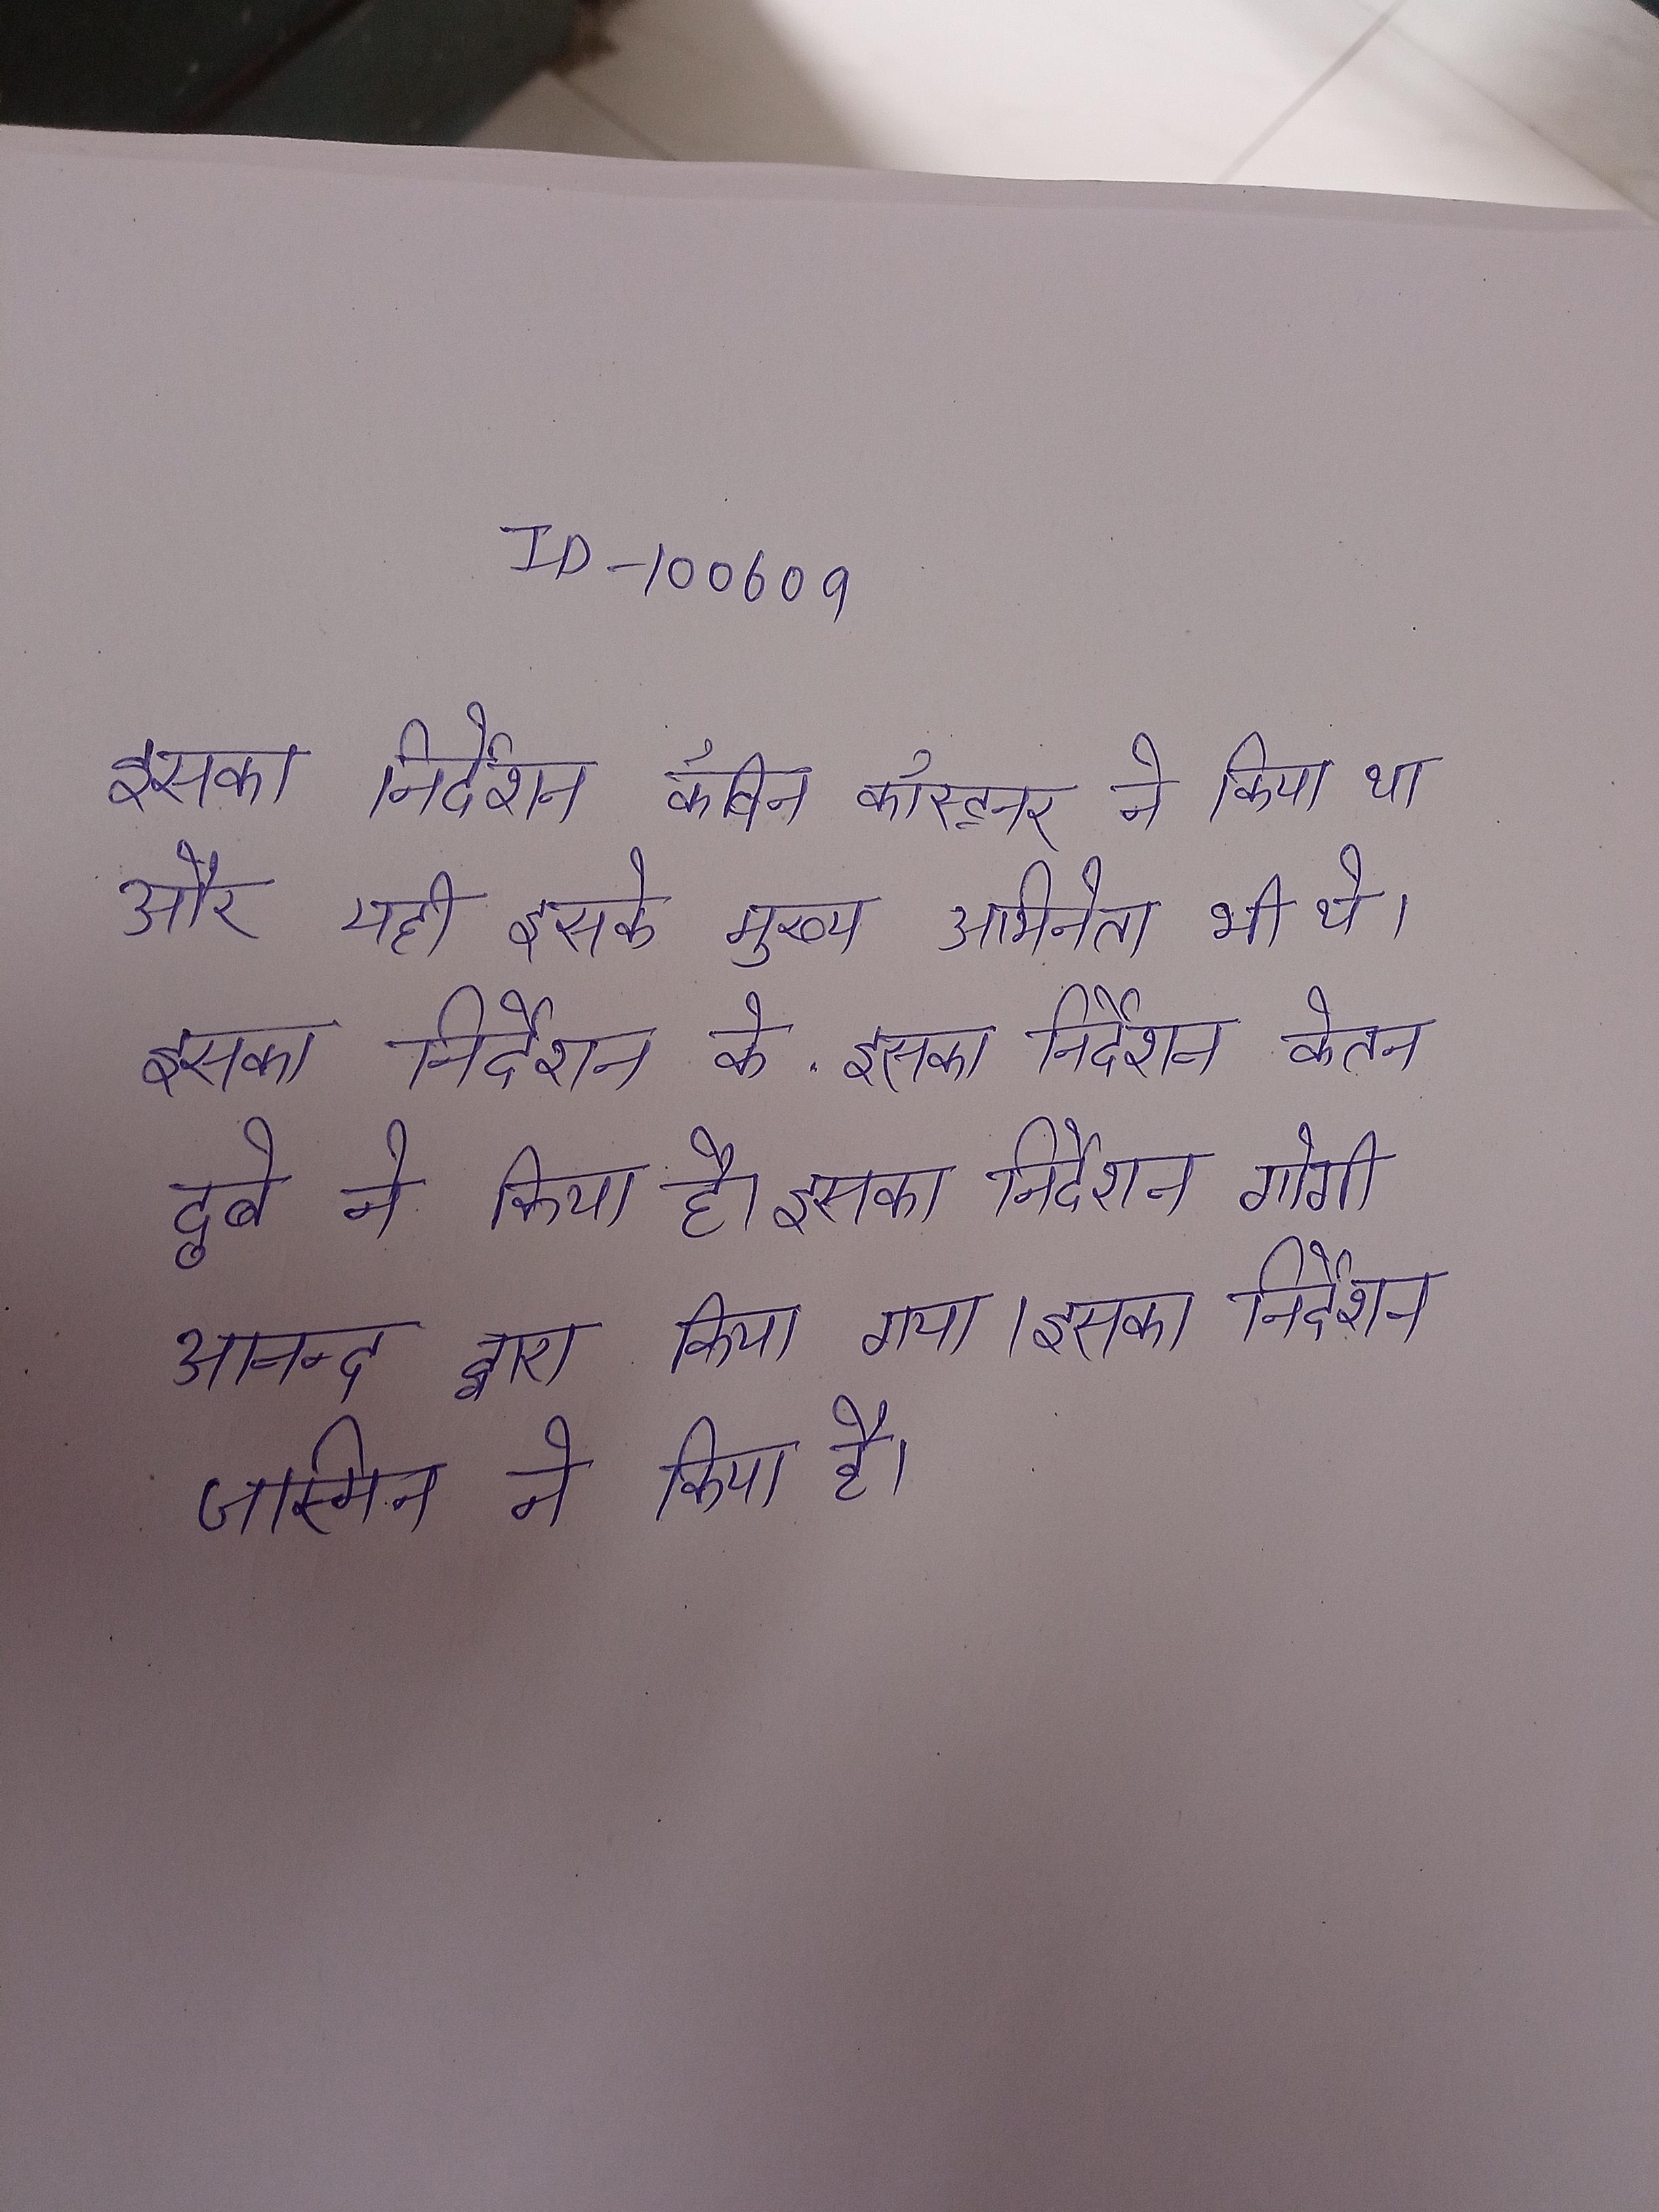
इसका निर्देशन कॅविन कॉस्ट्नर ने किया था और यही इसके मुख्य अभिनेता भी थे । इसका निर्देशन के . इसका निर्देशन केतन दुबे ने किया है । इसका निर्देशन गोगी आनन्द द्वारा किया गया । इसका निर्देशन जस्मिन ने किया है ।